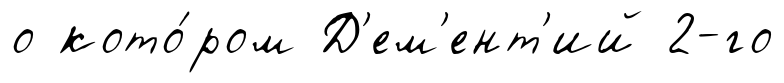
о кото́ром Д'ем'ент'ий 2-го